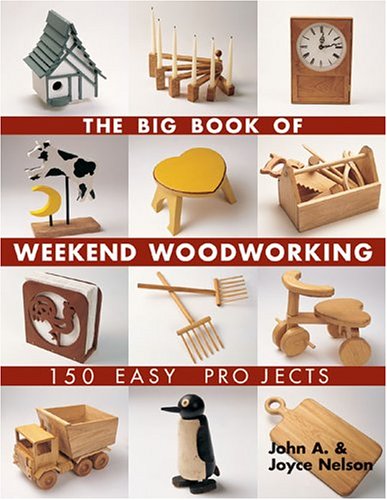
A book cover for The Big Book of Weekend Woodworking: 150 Easy Projects (Big Book of ... Series); John Nelson; Engineering & Transportation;